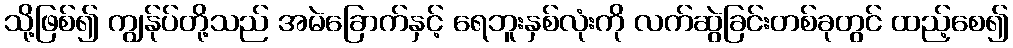
သို့ဖြစ်၍ ကျွန်ုပ်တို့သည် အမဲခြောက်နှင့် ရေဘူးနှစ်လုံးကို လက်ဆွဲခြင်းတစ်ခုတွင် ထည့်စေ၍